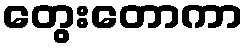
တွေးတောကာ